Annual report on the working of the lock hospitals in the Central Provinces
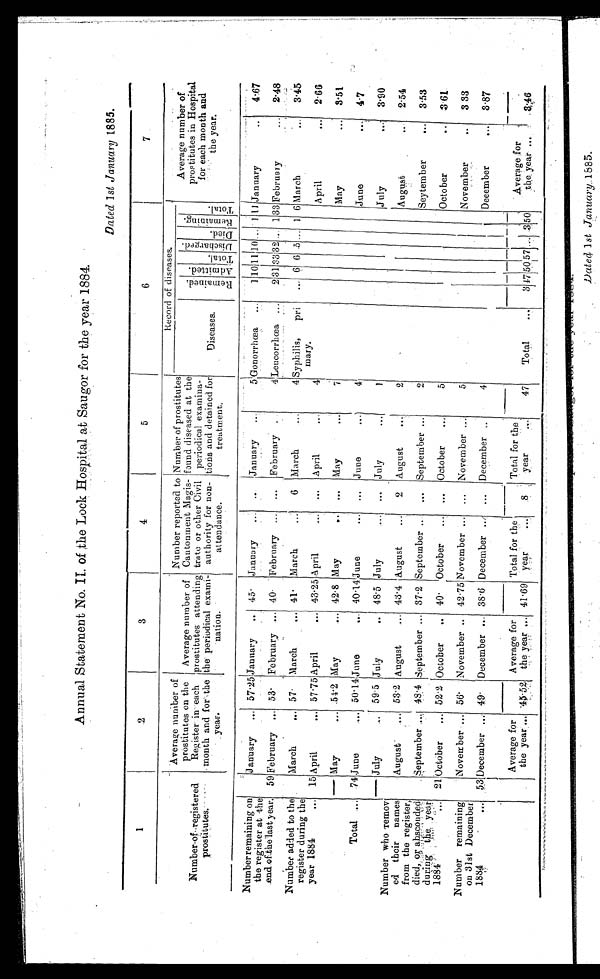
Annual Statement No. II. of the Lock Hosnital at Saugor for the year 1884.
Dated 1st January 1885.
1
2
3
4
5
6
7
Number of-registered
prostitutes.
Average number of
prostitutes on the
Register in each
month and for
year.
Average number of
prostitutes attending
the periodical exami
nation.
Number reported to
Cantonment Magis-
trate or other Civil
authority for non-
attendance.
Number of prostitute
found diseased at the
periodical examina-
tions and detained for
treatment.
Record of diseases.
Average number of
prostitutes in Hospital
for each month and
t h e y e a r .
Diseases.
Re ma i n e d
Admired.
Total
Di scharged.
Died.
Re ma i n i n g .
T o t a l .
Number remaining on
the register at -the
end of the last year.
January
... 57.25 January ..
45 January
... ..
January ..
5
G o n o r r h œ a . . .
1 10 11
10
... 1 11 January ...
4.67
59 February ... 53 February ... 40 February ... ...
February ...
4 Leucorrhœa ...
2 31 33 32 ... 1 33 February
..
2.48
Number added to the
register during the
year 1884
...
March
... 57
March
... 41
March
...
6 March
...
4 Syphilis,
pri
... 6 6 5 ... 1 6 March
...
3.45
15 April
... 57.75 April
... 43.25 April
... ... April
...
4
mary.
April
... 2.66
— May
... 54.2 May
... 42.8 May
.. ... May
••.
7
May
... 3.51
Total ... 74 June
... 50.14 June
... 40.14 June ...
... June ...
4
June ...
4.7
Number who remov
ed their names
from the register,
died, , or absconded dur i ng t he year 1884 . . .
— July ...
59.5 July
.. 48. 5 July
... ... July ...
1
July
... 3.90
August
.... 53.2 August
.... 43.4 August ...
2 August
. . .
2
August ...
2. 51
September ...
48.4 September ... 37.2 September ...
. . . September ...
2
Seytember
... 3.53
21 October
... 52 . 2 October
.. 40 October ...
. . .
October
...
5
October
.. 3.61.
Number remaining
on 31st December
1884
...
November ... 56 November .. 42.75 November ... ... November ....
5
November
3.33
53 December ... 49
December ... 38.6 December .
. . . December ..
4
Deeember
... 3.87
Average for
the year, ... 40.52
Average for
the year... 41.69
Total for th
e year
. . .
8
Total for the
year ...
47
Total
... 3
47 50 57... 3
50 Average for
the year . . .
3 . 4 6
Dated 1st January 1885.